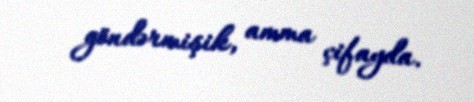
göndərmişik, amma çifayda.